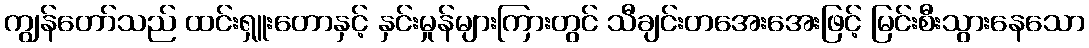
ကျွန်တော်သည် ထင်းရှူးတောနှင့် နှင်းမှုန်များကြားတွင် သီချင်းတအေးအေးဖြင့် မြင်းစီးသွားနေသော